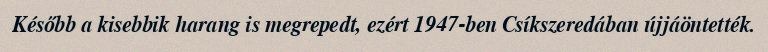
Később a kisebbik harang is megrepedt, ezért 1947-ben Csíkszeredában újjáöntették.